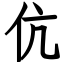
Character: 伉